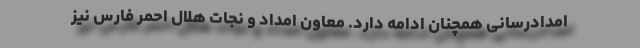
امدادرسانی همچنان ادامه دارد. معاون امداد و نجات هلال احمر فارس نیز